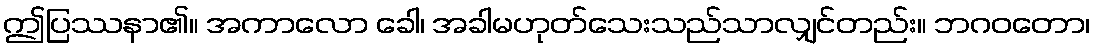
ဤပြဿနာ၏။ အကာလော ခေါ၊ အခါမဟုတ်သေးသည်သာလျှင်တည်း။ ဘဂဝတော၊